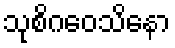
သုစိဂဝေသိနော